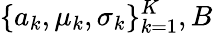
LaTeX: \{ a_{k},\mu_{k},\sigma_{k}\} _{k=1}^{K},B